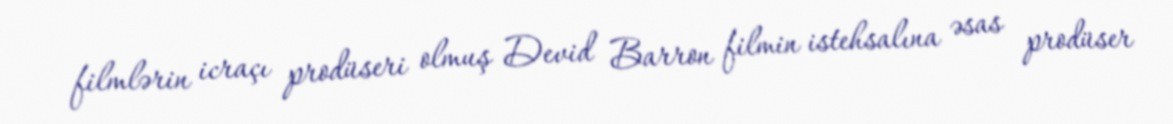
filmlərin icraçı prodüseri olmuş Devid Barron filmin istehsalına əsas prodüser